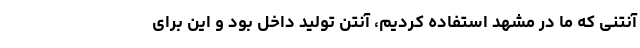
آنتنی که ما در مشهد استفاده کردیم، آنتن تولید داخل بود و این برای